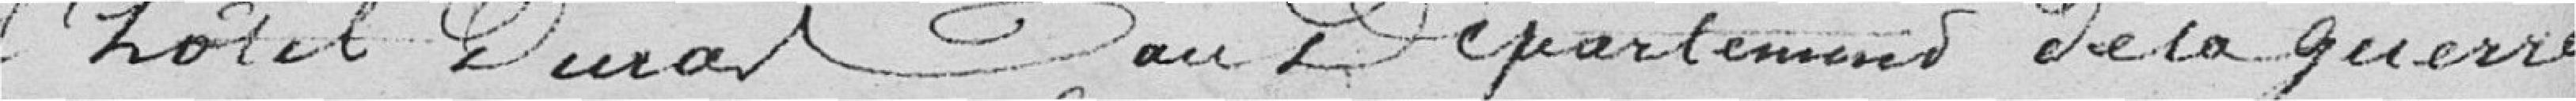
l'hôtel Durat au Département de la guerre